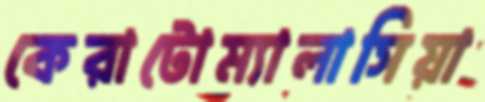
কেরাটোম্যালাসিয়া